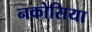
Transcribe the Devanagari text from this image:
नकोसिया